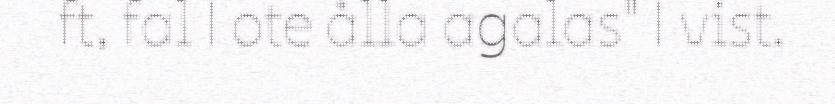
ft, fal | ote ålla agalas" | vist.